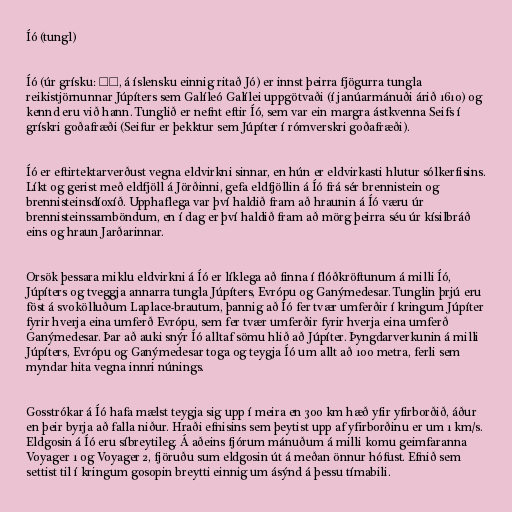
Íó (tungl)

Íó (úr grísku: Ῑώ, á íslensku einnig ritað Jó) er innst þeirra fjögurra tungla
reikistjörnunnar Júpíters sem Galíleó Galílei uppgötvaði (í janúarmánuði árið 1610) og
kennd eru við hann. Tunglið er nefnt eftir Íó, sem var ein margra ástkvenna Seifs í
grískri goðafræði (Seifur er þekktur sem Júpíter í rómverskri goðafræði).

Íó er eftirtektarverðust vegna eldvirkni sinnar, en hún er eldvirkasti hlutur sólkerfisins.
Líkt og gerist með eldfjöll á Jörðinni, gefa eldfjöllin á Íó frá sér brennistein og
brennisteinsdíoxíð. Upphaflega var því haldið fram að hraunin á Íó væru úr
brennisteinssamböndum, en í dag er því haldið fram að mörg þeirra séu úr kísilbráð
eins og hraun Jarðarinnar.

Orsök þessara miklu eldvirkni á Íó er líklega að finna í flóðkröftunum á milli Íó,
Júpíters og tveggja annarra tungla Júpíters, Evrópu og Ganýmedesar. Tunglin þrjú eru
föst á svokölluðum Laplace-brautum, þannig að Íó fer tvær umferðir í kringum Júpíter
fyrir hverja eina umferð Evrópu, sem fer tvær umferðir fyrir hverja eina umferð
Ganýmedesar. Þar að auki snýr Íó alltaf sömu hlið að Júpíter. Þyngdarverkunin á milli
Júpíters, Evrópu og Ganýmedesar toga og teygja Íó um allt að 100 metra, ferli sem
myndar hita vegna innri núnings.

Gosstrókar á Íó hafa mælst teygja sig upp í meira en 300 km hæð yfir yfirborðið, áður
en þeir byrja að falla niður. Hraði efnisins sem þeytist upp af yfirborðinu er um 1 km/s.
Eldgosin á Íó eru síbreytileg. Á aðeins fjórum mánuðum á milli komu geimfaranna
Voyager 1 og Voyager 2, fjöruðu sum eldgosin út á meðan önnur hófust. Efnið sem
settist til í kringum gosopin breytti einnig um ásýnd á þessu tímabili.